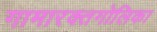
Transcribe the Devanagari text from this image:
गामारक्तगोलिका